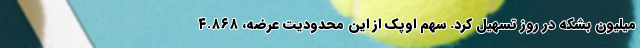
میلیون بشکه در روز تسهیل کرد. سهم اوپک از این محدودیت عرضه، ۴.۸۶۸